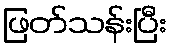
ဖြတ်သန်းပြီး